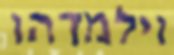
וילמדהו